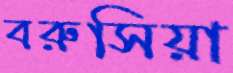
বরুসিয়া